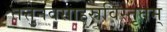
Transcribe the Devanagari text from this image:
तत्तुनवसाहस्रविस्तृतम्